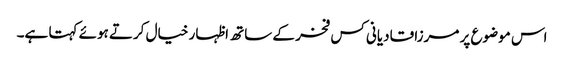
اس موضوع پر مرزا قادیانی کس فخر کے ساتھ اظہار خیال کرتے ہوئے کہتا ہے۔